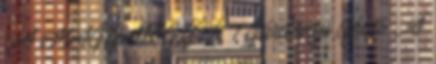
: A MAGYAR GYÍK 1 Gárdonyi Géza : A